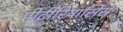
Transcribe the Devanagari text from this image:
पीटीरियासिस